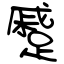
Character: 蹙